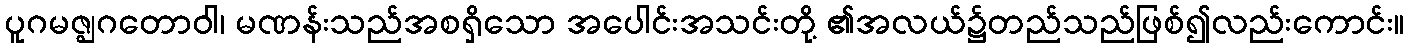
ပူဂမဇ္ဈဂတောဝါ၊ မဏန်းသည်အစရှိသော အပေါင်းအသင်းတို့ ၏အလယ်၌တည်သည်ဖြစ်၍လည်းကောင်း။